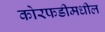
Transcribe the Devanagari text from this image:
कोरफडीमधील